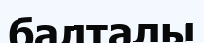
балталы